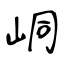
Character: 峒